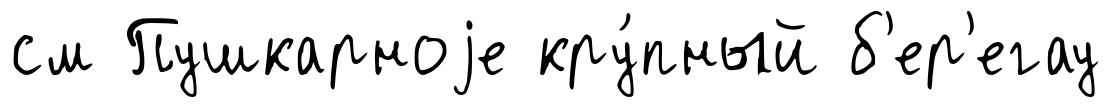
см Пушкарноjе кру́пный б'ер'егау